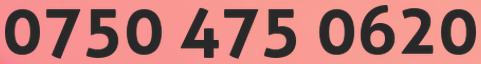
0750 475 0620